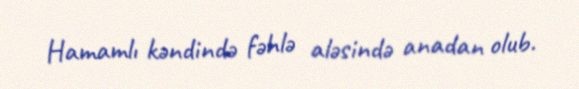
Hamamlı kəndində fəhlə aləsində anadan olub.